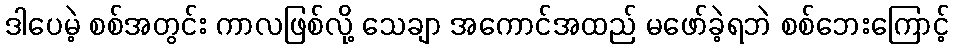
ဒါပေမဲ့ စစ်အတွင်း ကာလဖြစ်လို့ သေချာ အကောင်အထည် မဖော်ခဲ့ရဘဲ စစ်ဘေးကြောင့်